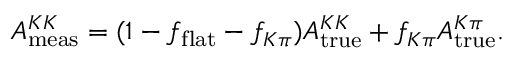
A _ { \mathrm { m e a s } } ^ { K K } = ( 1 - f _ { \mathrm { f l a t } } - f _ { K \pi } ) A _ { \mathrm { t r u e } } ^ { K K } + f _ { K \pi } A _ { \mathrm { t r u e } } ^ { K \pi } .